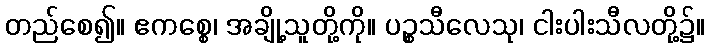
တည်စေ၍။ ဧကစ္စေ၊ အချို့သူတို့ကို။ ပဉ္စသီလေသု၊ ငါးပါးသီလတို့၌။